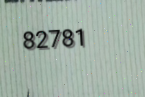
82781